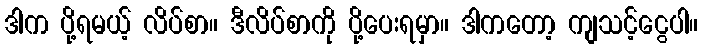
ဒါက ပို့ရမယ့် လိပ်စာ။ ဒီလိပ်စာကို ပို့ပေးရမှာ။ ဒါကတော့ ကျသင့်ငွေပါ။